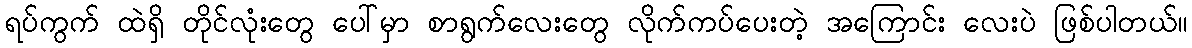
ရပ်ကွက် ထဲရှိ တိုင်လုံးတွေ ပေါ်မှာ စာရွက်လေးတွေ လိုက်ကပ်ပေးတဲ့ အကြောင်း လေးပဲ ဖြစ်ပါတယ်။